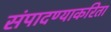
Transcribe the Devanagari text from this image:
संपादण्याकरिता